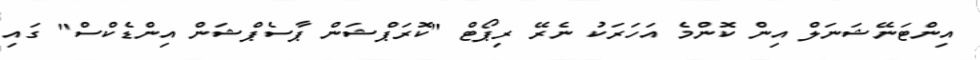
އިންޓަނޭޝަނަލް އިން ކޮންމެ އަހަރަކު ނެރޭ ރިޕޯޓް "ކޮރަޕްޝަން ޕާސެޕްޝަން އިންޑެކްސް" ގައި